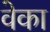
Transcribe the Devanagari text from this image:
वेका